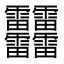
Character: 䨻